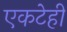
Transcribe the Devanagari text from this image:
एकटेही